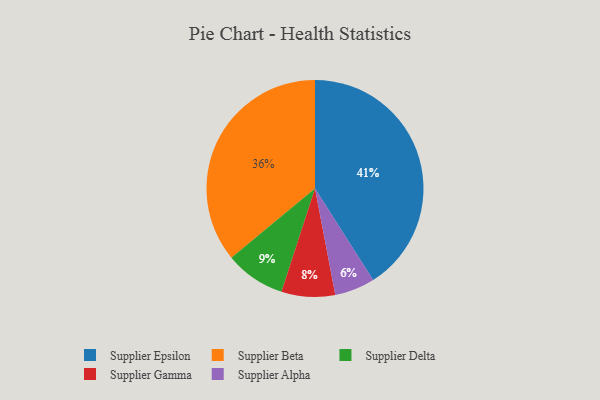
{"axis": {"x": "Category", "y": "Percentage"}, "legend": ["Supplier Alpha", "Supplier Beta", "Supplier Delta", "Supplier Epsilon", "Supplier Gamma"], "data": [{"x": "Supplier Delta", "y": 9, "type": "Supplier Delta"}, {"x": "Supplier Alpha", "y": 6, "type": "Supplier Alpha"}, {"x": "Supplier Epsilon", "y": 41, "type": "Supplier Epsilon"}, {"x": "Supplier Gamma", "y": 8, "type": "Supplier Gamma"}, {"x": "Supplier Beta", "y": 36, "type": "Supplier Beta"}]}